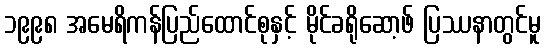
၁၉၉၈ အမေရိကန်ပြည်ထောင်စုနှင့် မိုင်ခရိုဆော့ဖ် ပြဿနာတွင်မူ